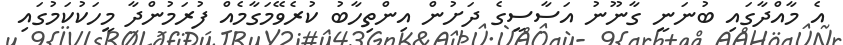
އެ މާއްދާގައި ބުނަނީ ގާނޫނު އަސާސީގެ ދަށުން އިންތިހާބު ކުރެވޭމަގާމެއް ފުރަމުންދާ މީހަކުކަމުގައި